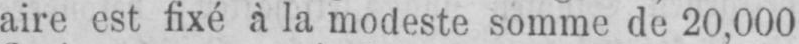
aire est fixé à la modeste somme de 20,000